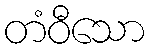
တံဝီသော